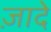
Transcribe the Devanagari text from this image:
ज़ादे